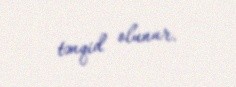
tənqid olunur.